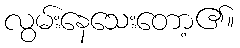
လွမ်းနေသေးတော့၏။